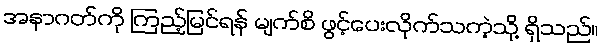
အနာဂတ်ကို ကြည့်မြင်ရန် မျက်စိ ဖွင့်ပေးလိုက်သကဲ့သို့ ရှိသည်။